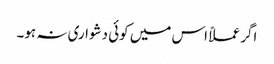
اگر عملاً اس میں کوئی دشواری نہ ہو۔